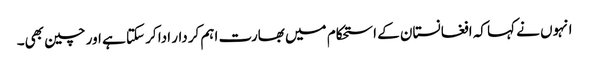
انہوں نے کہا کہ افغانستان کے استحکام میں بھارت اہم کردار ادا کر سکتا ہے اور چین بھی۔